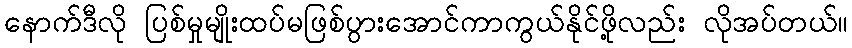
နောက်ဒီလို ပြစ်မှုမျိုးထပ်မဖြစ်ပွားအောင်ကာကွယ်နိုင်ဖို့လည်း လိုအပ်တယ်။